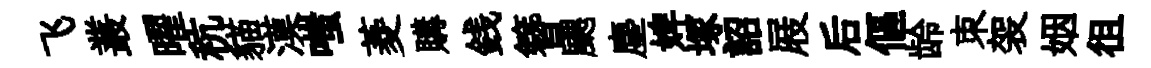
飞叢曜秔貓漠嗤菱購銭簪颸塵婢塚詔屐后傴龄朿袈姻徂